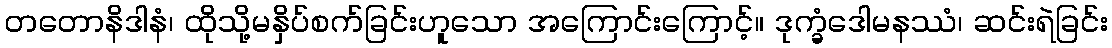
တတောနိဒါနံ၊ ထိုသို့မနှိပ်စက်ခြင်းဟူသော အကြောင်းကြောင့်။ ဒုက္ခံဒေါမနဿံ၊ ဆင်းရဲခြင်း